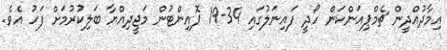
އިމާދުއްދީން ޗެމްޕިއަންކަން ހޯދީ ފައިނަލުގައި 34-19 ޕޮއިންޓުން މަޖީދިއްޔާ ބަލިކުރުމަށް ފަހު އެވެ.